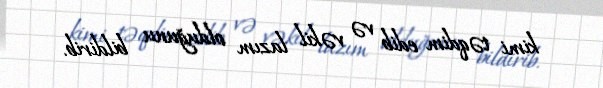
kimi təqdim edib və vəkil lazım olduğunu bildirib.